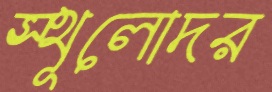
স্থূলোদর